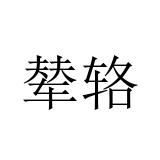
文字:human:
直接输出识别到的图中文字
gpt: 辇辂